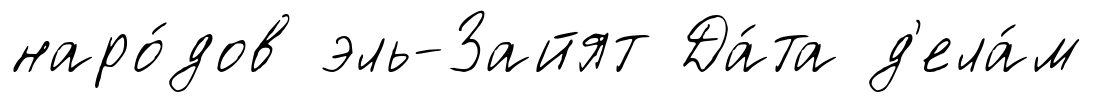
наро́дов эль-Зайят Да́та д'ела́м